Punjab Mental Hospital Lahore 1932-46 - 1932-1946
Year: 1932
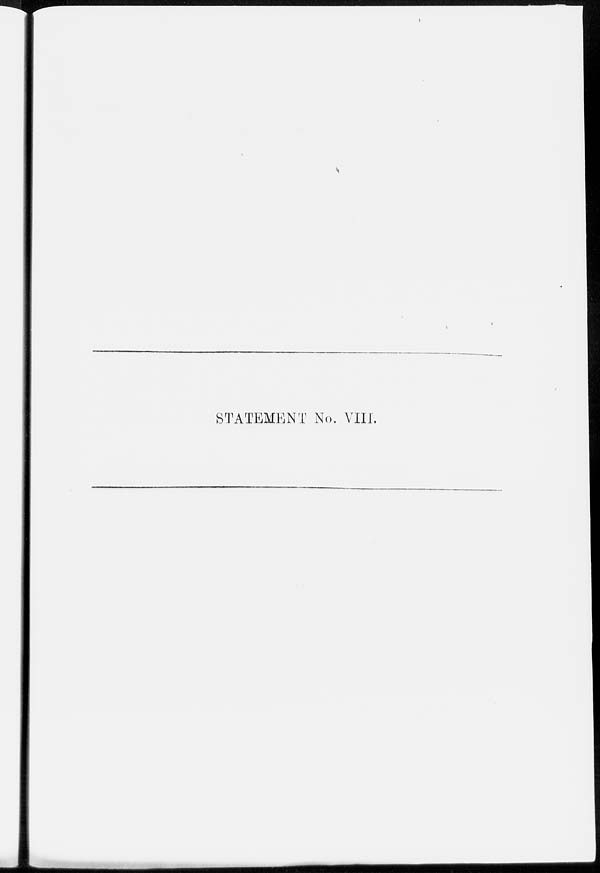
STATEMENT No. VIII.